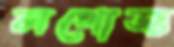
লগোজ